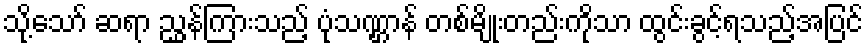
သို့သော် ဆရာ ညွှန်ကြားသည့် ပုံသဏ္ဌာန် တစ်မျိုးတည်းကိုသာ ထွင်းခွင့်ရသည့်အပြင်